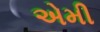
એમી